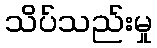
သိပ်သည်းမှု